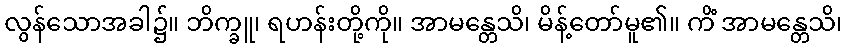
လွန်သောအခါ၌။ ဘိက္ခူ၊ ရဟန်းတို့ကို။ အာမန္တေသိ၊ မိန့်တော်မူ၏။ ကိံ အာမန္တေသိ၊